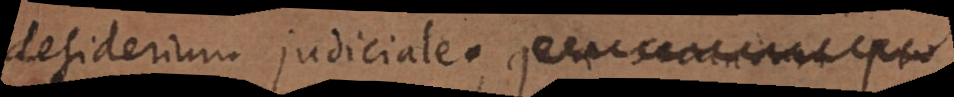
desiderium judiciale. P